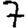
Digit: 7